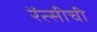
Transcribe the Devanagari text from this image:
रेंत्सीची